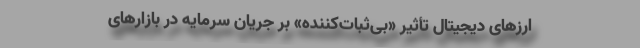
ارزهای دیجیتال تأثیر «بی‌ثبات‌کننده» بر جریان سرمایه در بازارهای